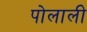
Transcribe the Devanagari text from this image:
पोलाली